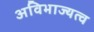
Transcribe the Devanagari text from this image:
अविभाज्यत्व